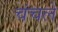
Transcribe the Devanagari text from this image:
चंचले